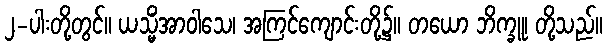
၂-ပါးတို့တွင်။ ယသ္မိံအာဝါသေ၊ အကြင်ကျောင်းတို့၌။ တယော ဘိက္ခူ၊ တို့သည်။